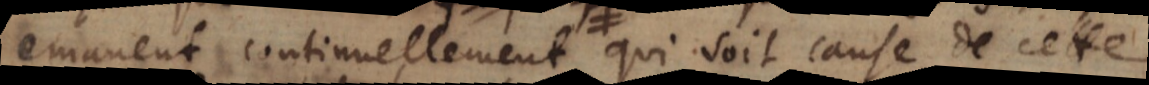
emanent continuellement, qui soit cause de cette